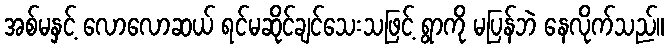
အစ်မနှင့် လောလောဆယ် ရင်မဆိုင်ချင်သေးသဖြင့် ရွာကို မပြန်ဘဲ နေလိုက်သည်။